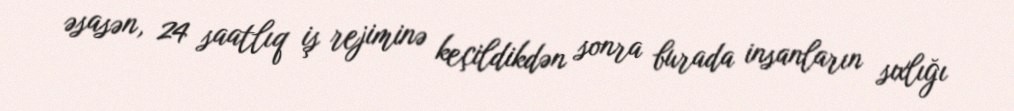
əsasən, 24 saatlıq iş rejiminə keçildikdən sonra burada insanların sıxlığı